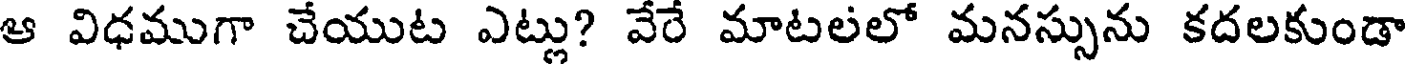
ఆ విధముగా చేయుట ఎట్లు? వేరే మాటలలో మనస్సును కదలకుండా